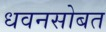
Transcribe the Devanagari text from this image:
धवनसोबत